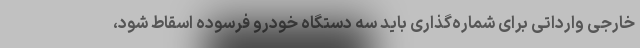
خارجی وارداتی برای شماره‌گذاری باید سه دستگاه خودرو فرسوده اسقاط شود،